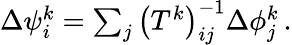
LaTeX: \begin{array}{r}{\Delta{\psi}_{i}^{k}=\sum_{j}\big(T^{k}\big)_{ij}^{-1}\Delta{\phi}_{j}^{k}\, .}\end{array}